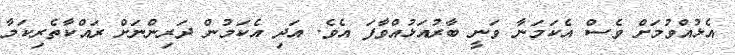
އެޅުއްވުމަށް ވެސް އެކަމަނާ ވަނީ ބާރުއަޅުއްވާފަ އެވެ. އަދި އެކަމުން ދަރިންނަށް ރައްކާތެރިކަމާ